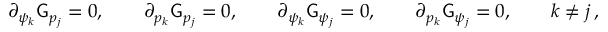
\partial _ { \psi _ { k } } \mathsf { G } _ { p _ { j } } = 0 , \qquad \partial _ { p _ { k } } \mathsf { G } _ { p _ { j } } = 0 , \qquad \partial _ { \psi _ { k } } \mathsf { G } _ { \psi _ { j } } = 0 , \qquad \partial _ { p _ { k } } \mathsf { G } _ { \psi _ { j } } = 0 , \qquad k \neq j \, ,